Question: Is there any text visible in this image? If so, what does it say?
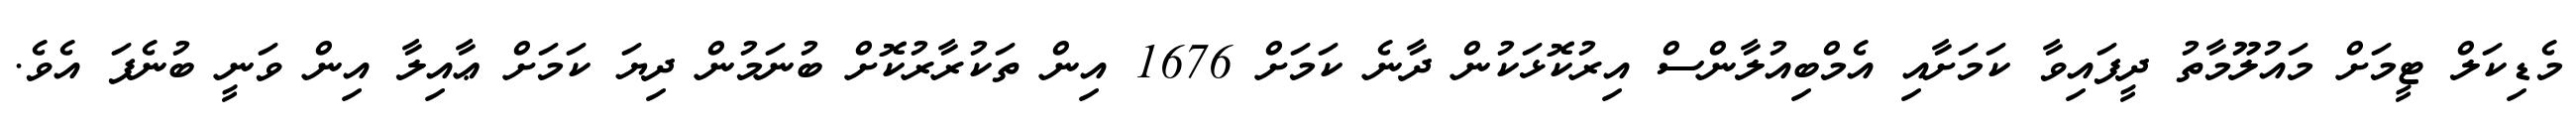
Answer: މެޑިކަލް ޓީމަށް މައުލޫމާތު ދީފައިވާ ކަމަށާއި އެމްބިއުލާންސް އިރުކޮޅަކުން ދާނެ ކަމަށް 1676 އިން ތަކުރާރުކޮށް ބުނަމުން ދިޔަ ކަމަށް ޢާއިލާ އިން ވަނީ ބުނެފަ އެވެ.